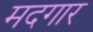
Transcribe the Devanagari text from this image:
मदगार